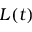
L ( t )